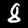
Digit: 8